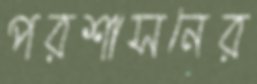
পরশাসনের